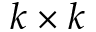
k \times k